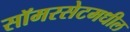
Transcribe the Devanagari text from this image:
सॉमरसेटमधील